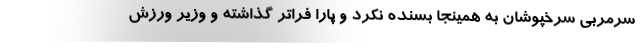
سرمربی سرخپوشان به همینجا بسنده نکرد و پارا فراتر گذاشته و وزیر ورزش